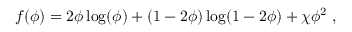
\begin{array} { r } { f ( \phi ) = 2 \phi \log ( \phi ) + ( 1 - 2 \phi ) \log ( 1 - 2 \phi ) + \chi \phi ^ { 2 } \; , } \end{array}